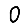
Digit: 0